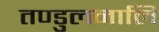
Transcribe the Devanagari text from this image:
तण्डुलनालि